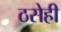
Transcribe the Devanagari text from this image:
ठसेही